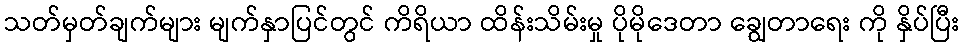
သတ်မှတ်ချက်များ မျက်နှာပြင်တွင် ကိရိယာ ထိန်းသိမ်းမှု ပိုမိုဒေတာ ချွေတာရေး ကို နှိပ်ပြီး